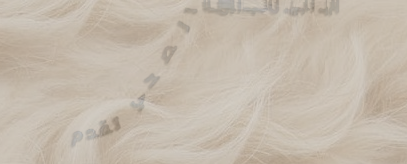
صيدلية الدواء الصحي تقدم